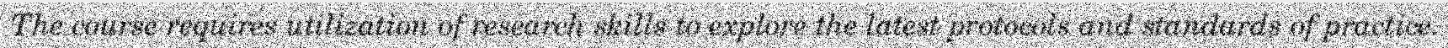
The course requires utilization of research skills to explore the latest protocols and standards of practice.